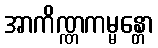
အာကိဏ္ဏကမ္မန္တော